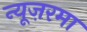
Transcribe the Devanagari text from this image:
न्यूज़रमा